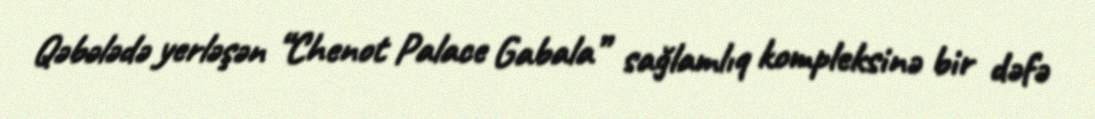
Qəbələdə yerləşən “Chenot Palace Gabala” sağlamlıq kompleksinə bir dəfə